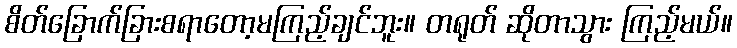
စိတ်ခြောက်ခြားစရာတော့မကြည့်ချင်ဘူး။ တရုတ် ဆိုတာသွား ကြည့်မယ်။